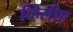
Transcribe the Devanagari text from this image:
व्हिसीए